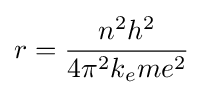
r={\frac {n^{2}h^{2}}{4\pi ^{2}k_{e}me^{2}}}